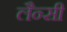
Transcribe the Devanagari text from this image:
लैन्सी